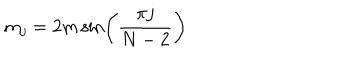
LaTeX: m _ { j } = 2 m \, { \sin \left( \frac { \pi j } { N - 2 } \right) }